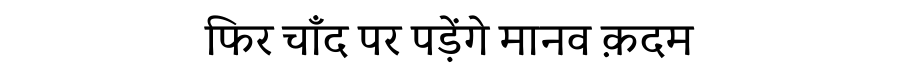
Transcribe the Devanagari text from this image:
फिर चाँद पर पड़ेंगे मानव क़दम